Vaccination returns of the Province of Eastern Bengal and Assam - 1905-1912
Year: 1905
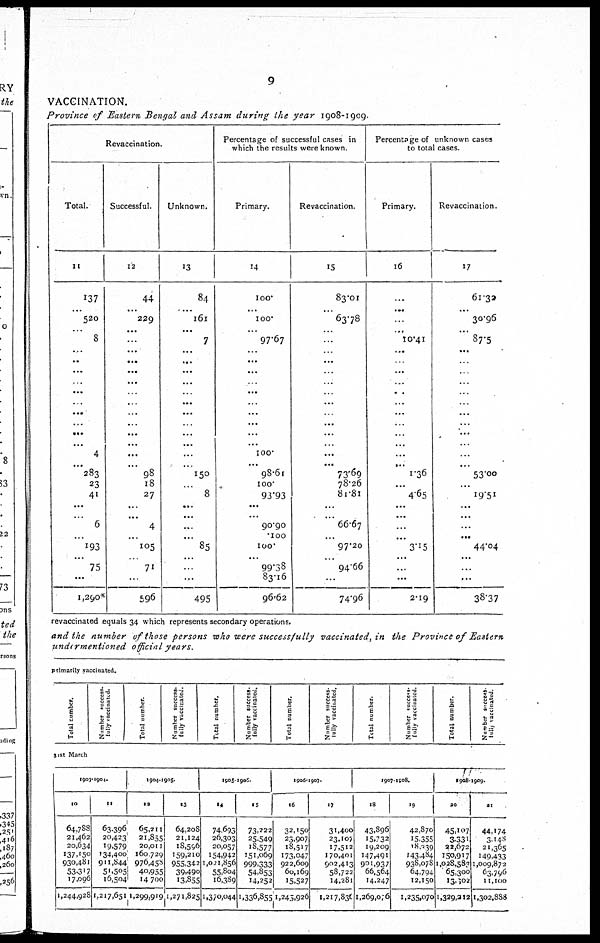
9
VACCINATION.
Province of Eastern Bengal and Assam during the year 1908-1909.
Revaccination.
Total.
11
137
...
520
...
8
...
...
...
...
...
...
...
...
...
...
4
...
283
23
41
...
...
6
...
193
...
75
...
1,290*
Successful.
12
44
...
229
...
...
...
...
...
...
...
...
...
...
...
...
...
...
98
18
27
...
...
4
...
105
...
71
...
596
Unknown.
13
84
...
161
...
7
...
...
...
...
...
...
...
...
...
...
...
...
150
...
8
...
...
...
...
85
...
...
...
495
Percentage of successful cases in
which the results were known.
Primary.
14
100.
...
100.
...
97.67
...
...
...
...
...
...
...
...
...
...
100.
...
98.61
100.
93.93
...
...
90.90
.100
100.
...
99.38
83.16
96.62
Revaccination.
15
83.01
...
63.78
...
...
...
...
...
...
...
...
...
...
...
...
...
...
73.69
78.26
81.81
...
...
66.67
...
97.20
...
94.66
...
74.96
Percentage of unknown cases
to total cases.
Primary.
16
...
...
...
...
10.41
...
...
...
...
...
...
...
...
...
...
...
...
1.36
...
4.65
...
...
...
...
3.15
...
...
...
2.19
Revaccination.
17
61.32
...
30.96
...
87.5
...
...
...
...
...
...
...
...
...
...
...
...
53.00
...
19.51
...
...
...
...
44.04
...
...
...
38.37
revaccinated equals 34 which represents secondary operations.
and the number of those persons who were successfully
vaccinated, in the Province of Eastern
undermentioned
official years.
primarily vaccinated.
Total number.
Number success¬
fully vaccinated.
Total number.
Number success-
fully vaccinated.
Total number.
Number success¬
fully vaccinated.
Total number.
Number success-
fully vaccinated.
Total number.
Number success¬
fully vaccinated.
Total number.
Number success¬
fully vaccinated.
31st March
1903-1904.
10
64,788
21,462
20,634
137,150
930,481
53,317
17,096
1,244,928
11
63,396
20,423
19,579
134,400
911,844
51,505
16,504
1,217,651
1904-1905.
12
65,211
21,855
20,011
160,729
976,458
40,955
14,700
1,299,919
13
64,208
21,124
18,596
159,210
955,342
39,490
13,855
1,271,825
1905-1906.
14
74,693
26,303
20,057
154.942
1,02l,856
55,804
16,389
1,370,044
15
73,222
25,549
18,577
151,069
999,333
54,853
14,252
1,336,855
1906-1907.
16
32,150
23,907
18,517
173,047
922,609
60,169
15,527
1,245,926
17
31,400
23,107
17,512
170,401
902,413
58,722
14,281
1,217,836
1907-1908.
18
43,896
15,732
19,209
147,491
901,937
66,564
14,247
1,269,076
19
42,870
15,355
18,139
143,484
938,078
64,794
12,150
1,235,070
1908-1909.
20
45,107
3,331
22,672
150,917
1,028,583
65,300
13,102
1,329,212
21
44,174
3,148
21,365
149,433
1,009,872
63,796
11,100
1,302,888